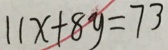
1 1 x + 8 y = 7 3